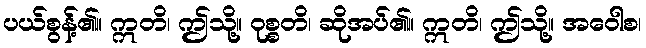
ပယ်စွန့်၏။ ဣတိ၊ ဤသို့။ ဝုစ္စတိ၊ ဆိုအပ်၏။ ဣတိ၊ ဤသို့။ အဝေါစ၊